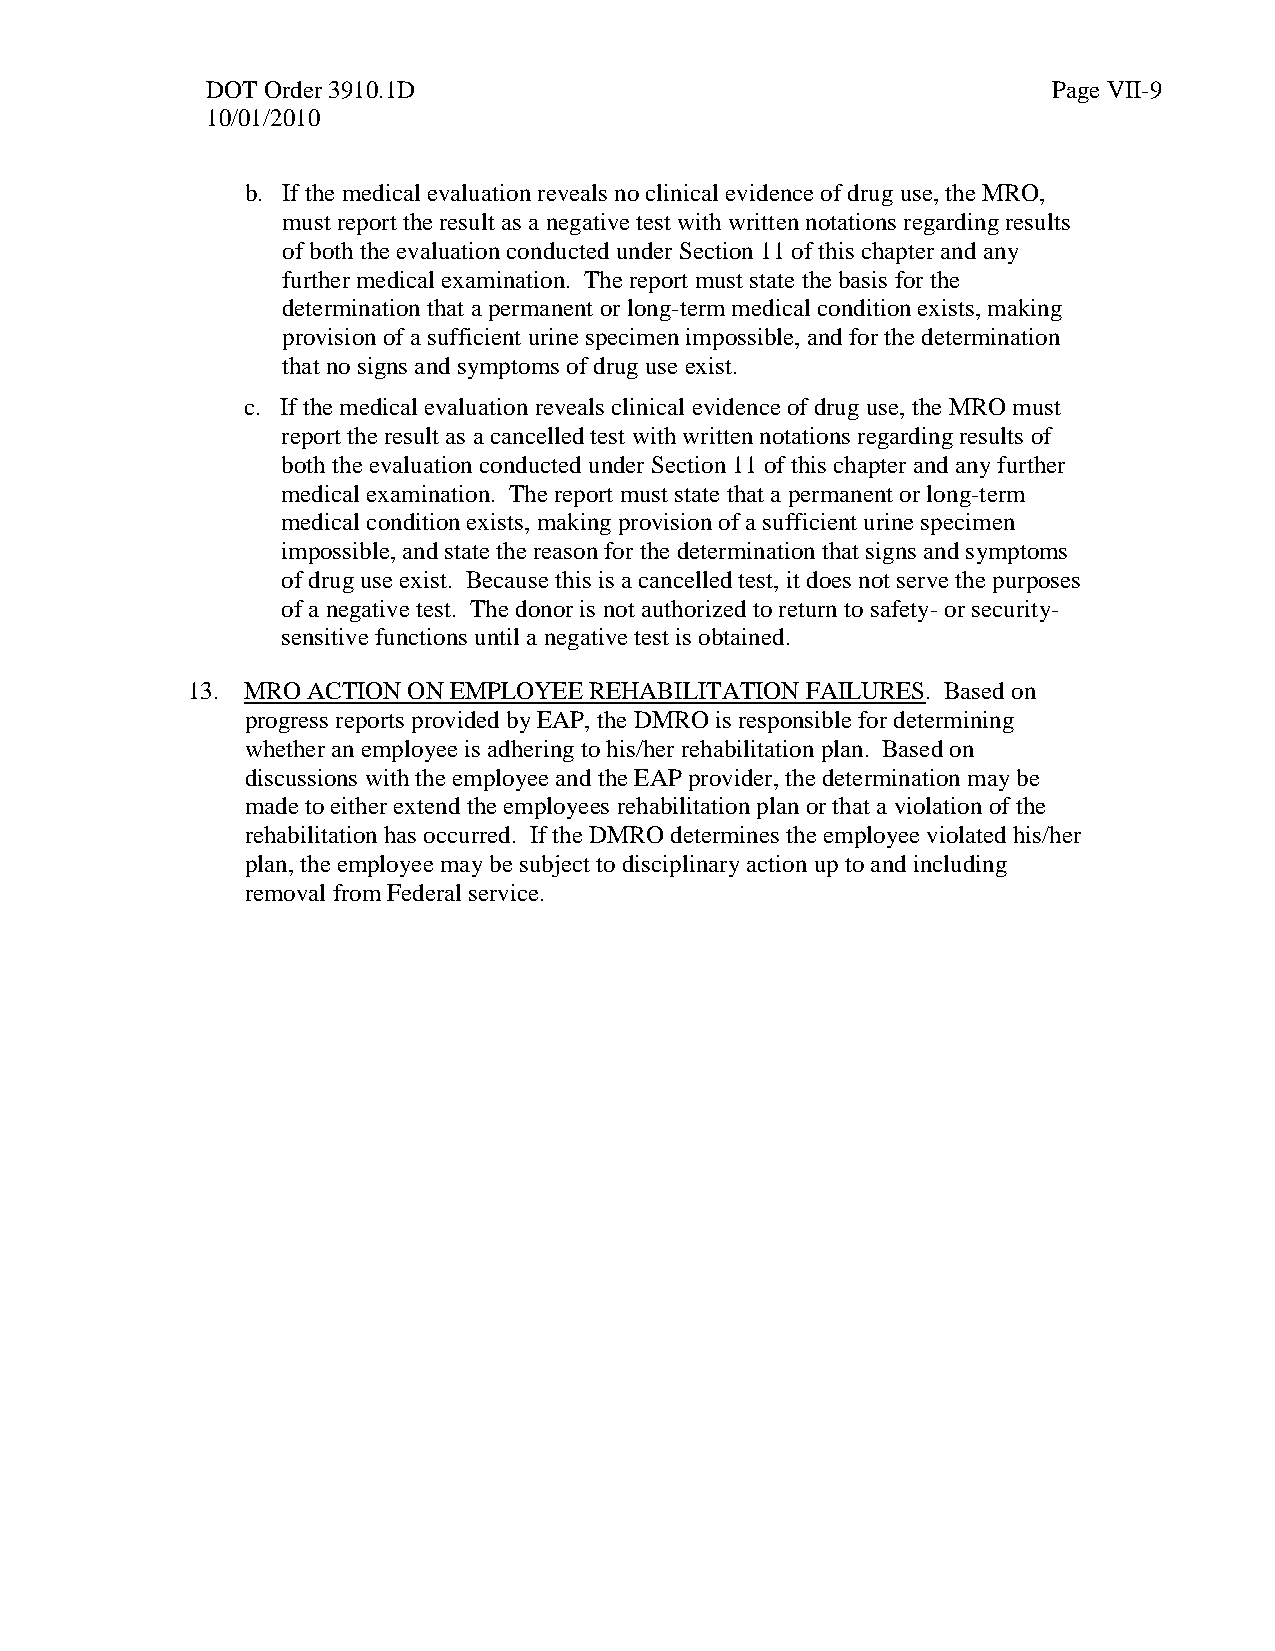
DOT Order 3910.1D                                       Page VII-9
 10/01/2010
 b. If the medical evaluation reveals no clinical evidence of drug use, the MRO,
 must report the result as a negative test with written notations regarding results
 of both the evaluation conducted under Section 11 of this chapter and any
 further medical examination. The report must state the basis for the
 determination that a permanent or long-term medical condition exists, making
 provision of a sufficient urine specimen impossible, and for the determination
 that no signs and symptoms of drug use exist.
 c. If the medical evaluation reveals clinical evidence of drug use, the MRO must
 report the result as a cancelled test with written notations regarding results of
 both the evaluation conducted under Section 11 of this chapter and any further
 medical examination. The report must state that a permanent or long-term
 medical condition exists, making provision of a sufficient urine specimen
 impossible, and state the reason for the determination that signs and symptoms
 of drug use exist. Because this is a cancelled test, it does not serve the purposes
 of a negative test. The donor is not authorized to return to safety- or security-
 sensitive functions until a negative test is obtained.
 13. MRO ACTION ON EMPLOYEE REHABILITATION FAILURES. Based on
 progress reports provided by EAP, the DMRO is responsible for determining
 whether an employee is adhering to his/her rehabilitation plan. Based on
 discussions with the employee and the EAP provider, the determination may be
 made to either extend the employees rehabilitation plan or that a violation of the
 rehabilitation has occurred. If the DMRO determines the employee violated his/her
 plan, the employee may be subject to disciplinary action up to and including
 removal from Federal service.